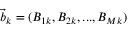
{ \vec { b } _ { k } = ( B _ { 1 k } , B _ { 2 k } , . . . , B _ { M k } ) }